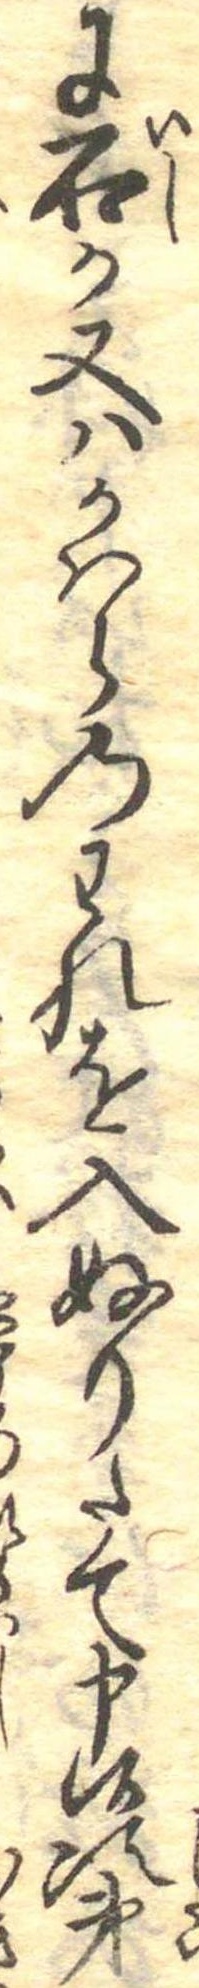
に石か又はかはらのわれを入ぬりたて申候次第